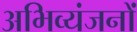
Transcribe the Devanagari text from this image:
अभिव्यंजनों